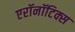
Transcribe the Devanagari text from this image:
एरॉनॉटिक्स